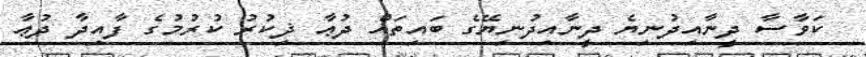
ކަވާސާ ދީނާއިދުނިޔެ ދީނާއިދުނިޔޭގެ ބައިތައް ދުޢާ ޛިކުރު ކުރުމުގެ ފާއިދާ ދުޢާ